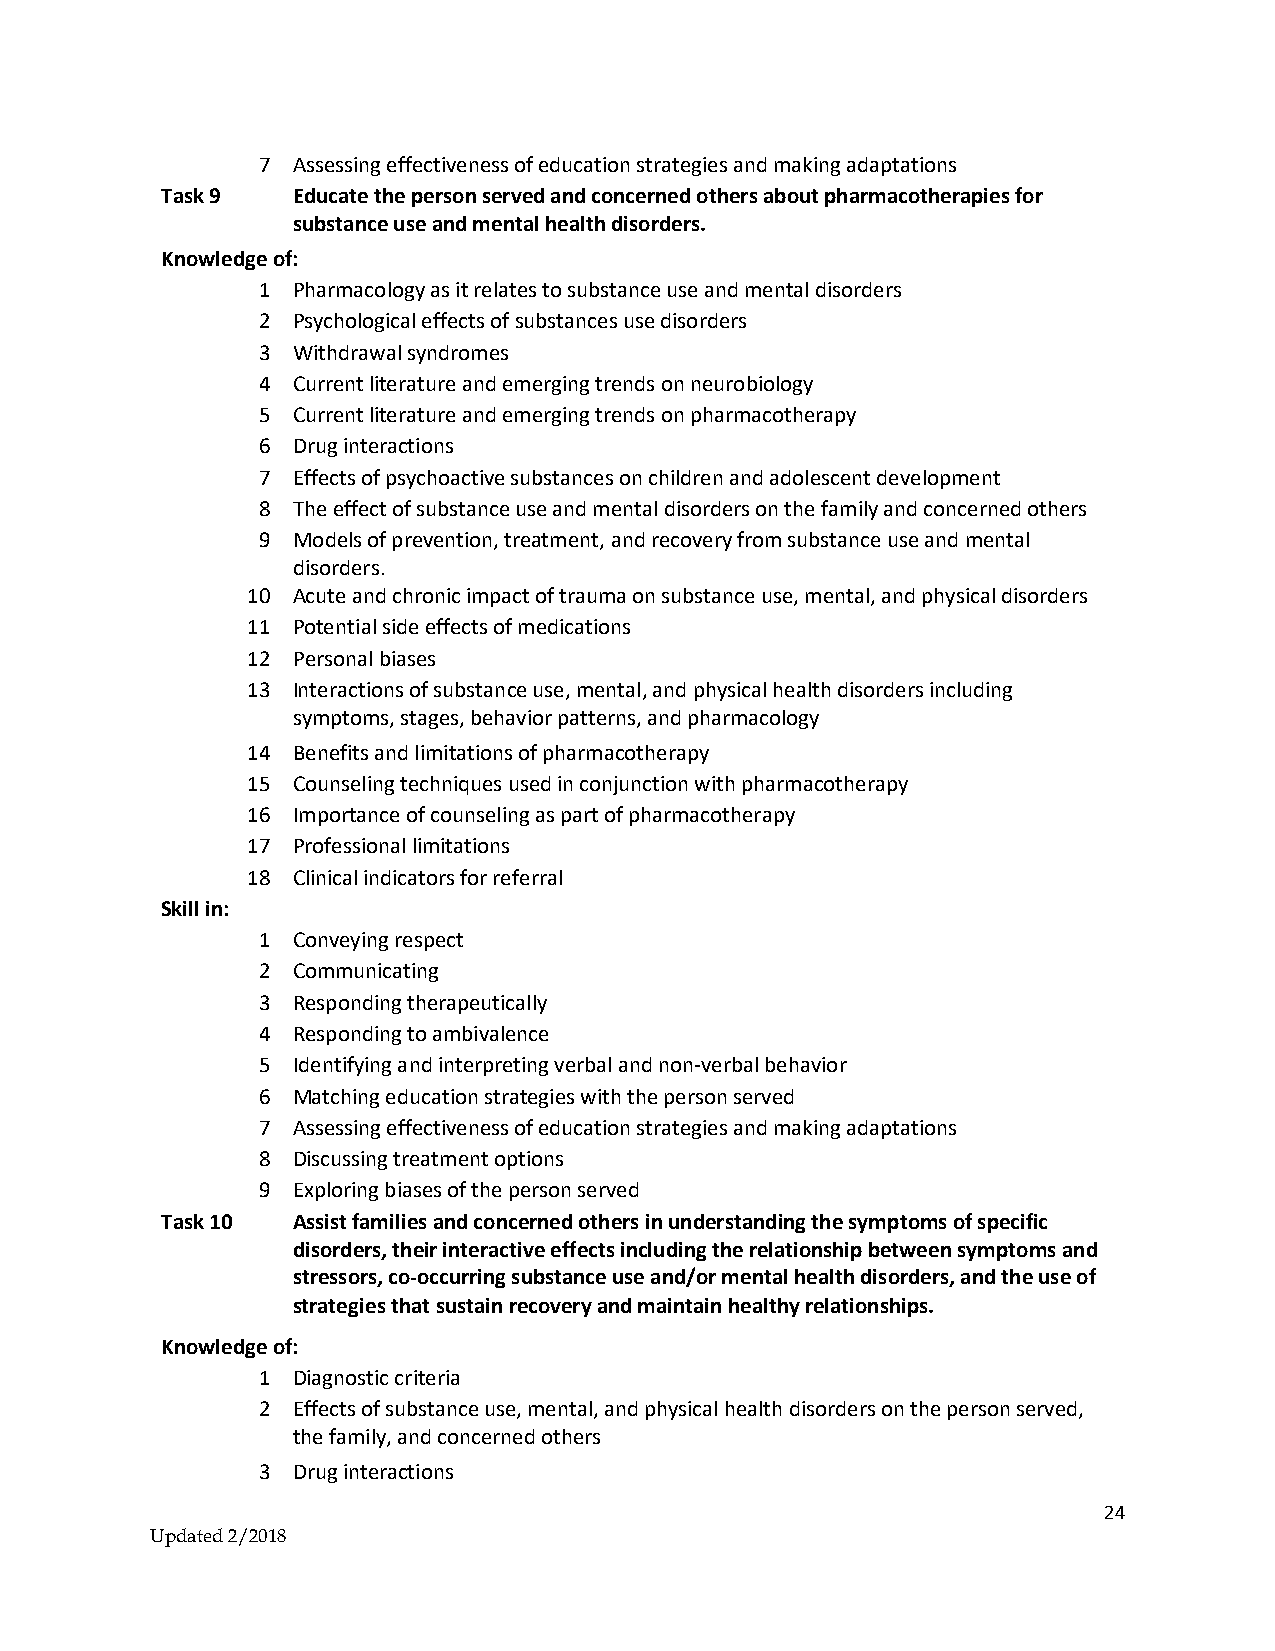
7 Assessing effectiveness of education strategies and making adaptations
 Task 9  Educate the person served and concerned others about pharmacotherapies for
 substance use and mental health disorders.
 Knowledge of:
 1 Pharmacology as it relates to substance use and mental disorders
 2 Psychological effects of substances use disorders
 3 Withdrawal syndromes
 4 Current literature and emerging trends on neurobiology
 5 Current literature and emerging trends on pharmacotherapy
 6 Drug interactions
 7 Effects of psychoactive substances on children and adolescent development
 8 The effect of substance use and mental disorders on the family and concerned others
 9 Models of prevention, treatment, and recovery from substance use and mental
 disorders.
 10 Acute and chronic impact of trauma on substance use, mental, and physical disorders
 11 Potential side effects of medications
 12 Personal biases
 13 Interactions of substance use, mental, and physical health disorders including
 symptoms, stages, behavior patterns, and pharmacology
 14 Benefits and limitations of pharmacotherapy
 15 Counseling techniques used in conjunction with pharmacotherapy
 16 Importance of counseling as part of pharmacotherapy
 17 Professional limitations
 18 Clinical indicators for referral
 Skill in:
 1 Conveying respect
 2 Communicating
 3 Responding therapeutically
 4 Responding to ambivalence
 5 Identifying and interpreting verbal and non-verbal behavior
 6 Matching education strategies with the person served
 7 Assessing effectiveness of education strategies and making adaptations
 8 Discussing treatment options
 9 Exploring biases of the person served
 Task 10 Assist families and concerned others in understanding the symptoms of specific
 disorders, their interactive effects including the relationship between symptoms and
 stressors, co-occurring substance use and/or mental health disorders, and the use of
 strategies that sustain recovery and maintain healthy relationships.
 Knowledge of:
 1 Diagnostic criteria
 2 Effects of substance use, mental, and physical health disorders on the person served,
 the family, and concerned others
 3 Drug interactions
 24
 Updated 2/2018